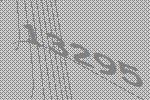
13295